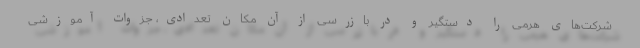
شرکت‌های هرمی را دستگیر و در بازرسی از آن مکان تعدادی، جزوات آموزشی